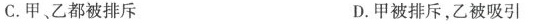
C.甲、乙都被排斥 D.甲被排斥，乙被吸引